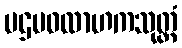
ပဌမဝလာဟကသုတ္တံ